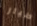
طيار